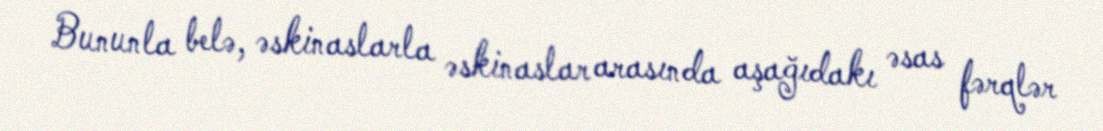
Bununla belə, əskinaslarla əskinaslar arasında aşağıdakı əsas fərqlər